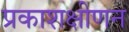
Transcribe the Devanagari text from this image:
प्रकाशक्षीणन